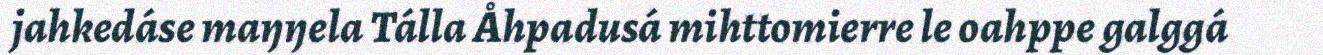
jahkedáse maŋŋela Tálla Åhpadusá mihttomierre le oahppe galggá